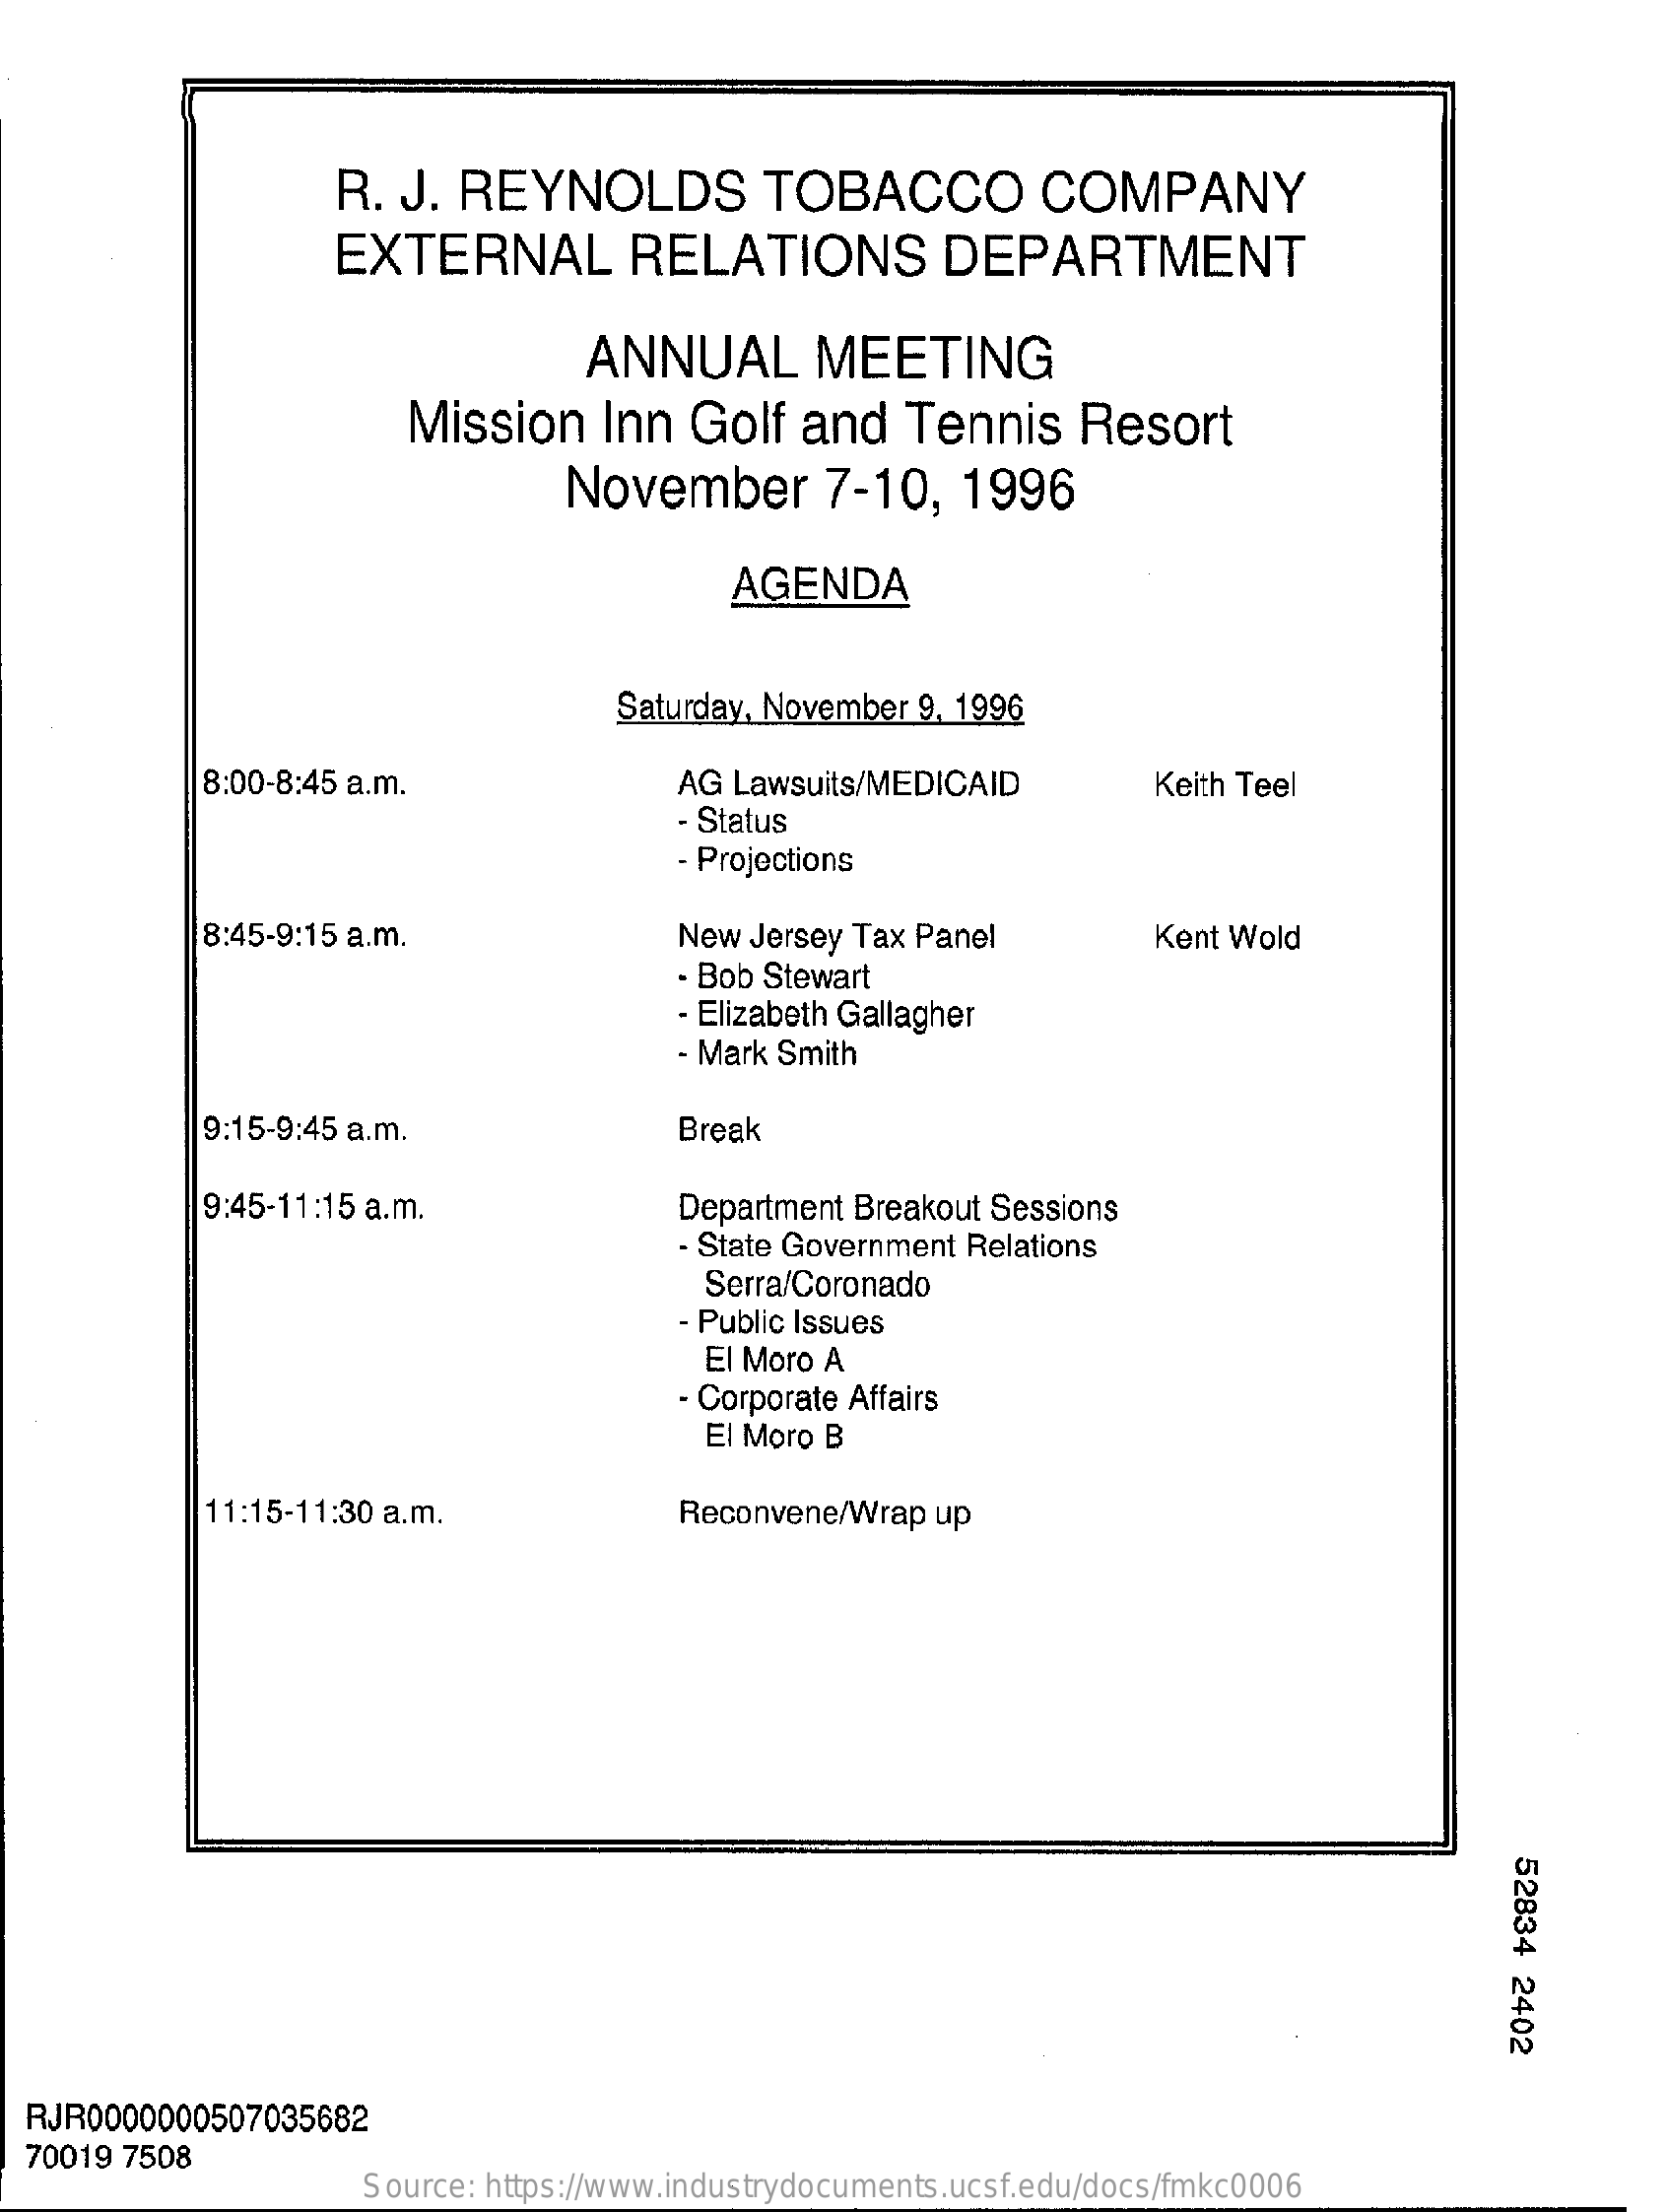
R.  J.  REYNOLDS    TOBACCO    COMPANY
     EXTERNAL    RELATIONS    DEPARTMENT
     ANNUAL    MEETING
     Mission    Inn  Golf   and    Tennis    Resort
     November    7-10,    1996
     AGENDA
     Saturday, November 9, 1996
     8:00-8:45 a.m.    AG Lawsuits/MEDICAID    Keith Teel
     - Status
     - Projections
     8:45-9:15 a.m.    New Jersey Tax Panel    Kent Wold
     . Bob Stewart
     - Elizabeth Gallagher
     Mark Smith
     9:15-9:45 a.m.    Break
     9:45-11:15 a.m.    Department Breakout Sessions
     - State Government Relations
     Serra/Coronado
     - Public Issues
     El Moro A
     - Corporate Affairs
     El Moro B
     11:15-11:30 a.m.    Reconvene/Wrap  up
     52834
     2402
  RJR0000000507035682
  70019 7508
     Source: https://www.industrydocuments.ucsf.edu/docs/fmkc0006